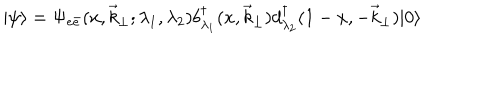
| \psi \rangle = \Psi _ { e \bar { e } } ( x , \vec { k } _ { \perp } ; \lambda _ { 1 } , \lambda _ { 2 } ) b _ { \lambda _ { 1 } } ^ { \dagger } ( x , \vec { k } _ { \perp } ) d _ { \lambda _ { 2 } } ^ { \dagger } ( 1 - x , - \vec { k } _ { \perp } ) | 0 \rangle